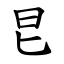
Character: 㫐